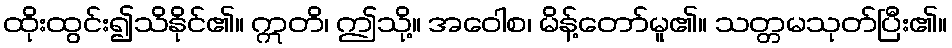
ထိုးထွင်း၍သိနိုင်၏။ ဣတိ၊ ဤသို့။ အဝေါစ၊ မိန့်တော်မူ၏။ သတ္တမသုတ်ပြီး၏။